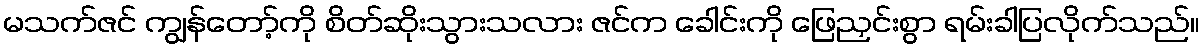
မသက်ဇင် ကျွန်တော့်ကို စိတ်ဆိုးသွားသလား ဇင်က ခေါင်းကို ဖြေညှင်းစွာ ရမ်းခါပြလိုက်သည်။